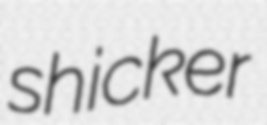
shicker